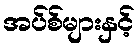
အပ်စ်များနှင့်